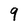
Character: 9